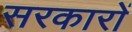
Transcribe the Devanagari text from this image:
सरकाराें